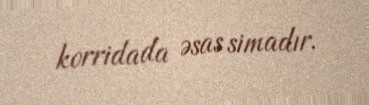
korridada əsas simadır.